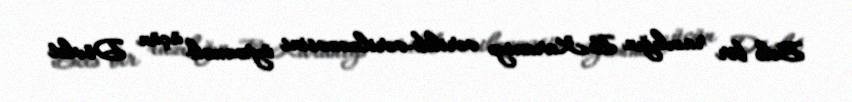
Belə bir razılığın B.Karaniyə verilib-verilməməsini öyrənmək üçün Dövlət